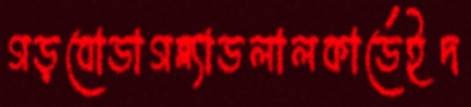
গড়বোডাগব্ল্যাডলালকার্ডেইদ